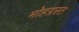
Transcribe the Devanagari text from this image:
मोहग्रस्त